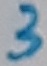
Text: 3